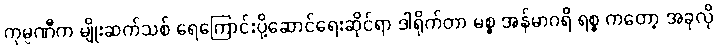
ကုမ္ပဏီက မျိုးဆက်သစ် ရေကြောင်းပို့ဆောင်ရေးဆိုင်ရာ ဒါရိုက်တာ မစ္စ အန်မာဂရိ ရစ္စ ကတော့ အခုလို